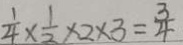
\frac { 1 } { 4 } \times \frac { 1 } { 2 } \times 2 \times 3 = \frac { 3 } { 4 }